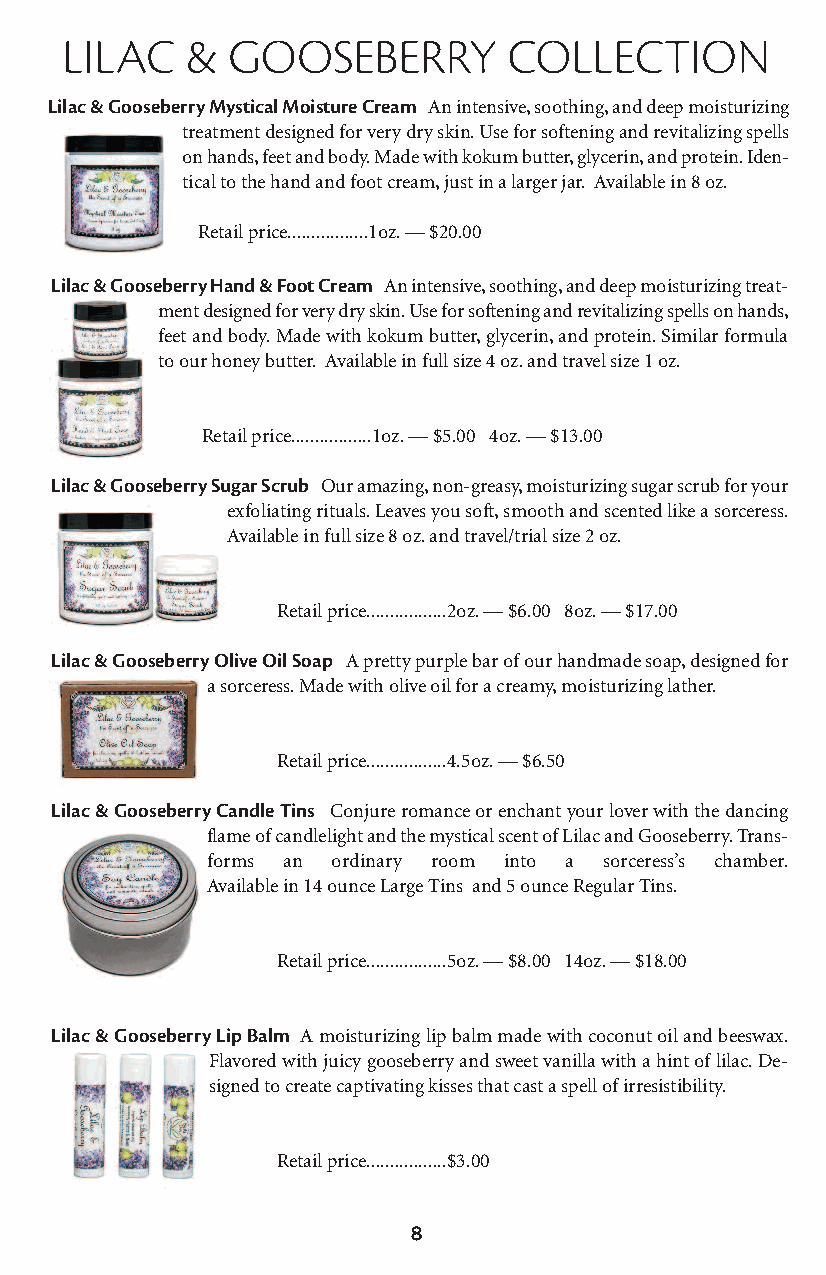
lilac   &  gooseberry         collection
 Lilac & Gooseberry Mystical Moisture Cream An intensive, soothing, and deep moisturizing
 treatment designed for very dry skin. Use for softening and revitalizing spells
 on hands, feet and body. Made with kokum butter, glycerin, and protein. Iden-
 tical to the hand and foot cream, just in a larger jar. Available in 8 oz.
 Retail price.................1oz. — $20.00
 Lilac & Gooseberry Hand & Foot Cream An intensive, soothing, and deep moisturizing treat-
 ment designed for very dry skin. Use for softening and revitalizing spells on hands,
 feet and body. Made with kokum butter, glycerin, and protein. Similar formula
 to our honey butter. Available in full size 4 oz. and travel size 1 oz.
 Retail price.................1oz. — $5.00 4oz. — $13.00
 Lilac & Gooseberry Sugar Scrub Our amazing, non-greasy, moisturizing sugar scrub for your
 exfoliating rituals. Leaves you soft, smooth and scented like a sorceress.
 Available in full size 8 oz. and travel/trial size 2 oz.
 Retail price.................2oz. — $6.00 8oz. — $17.00
 Lilac & Gooseberry Olive Oil Soap A pretty purple bar of our handmade soap, designed for
 a sorceress. Made with olive oil for a creamy, moisturizing lather.
 Retail price.................4.5oz. — $6.50
 Lilac & Gooseberry Candle Tins Conjure romance or enchant your lover with the dancing
 flame of candlelight and the mystical scent of Lilac and Gooseberry. Trans-
 forms an ordinary room into a sorceress’s chamber.
 Available in 14 ounce Large Tins and 5 ounce Regular Tins.
 Retail price.................5oz. — $8.00 14oz. — $18.00
 Lilac & Gooseberry Lip Balm A moisturizing lip balm made with coconut oil and beeswax.
 Flavored with juicy gooseberry and sweet vanilla with a hint of lilac. De-
 signed to create captivating kisses that cast a spell of irresistibility.
 Retail price.................$3.00
 8